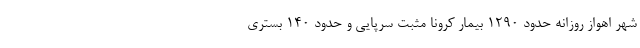
شهر اهواز روزانه حدود ۱۲۹۰ بیمار کرونا مثبت سرپایی و حدود ۱۴۰ بستری